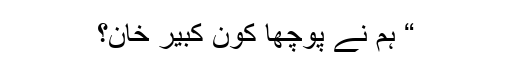
“ ہم نے پوچھا کون کبیر خان؟